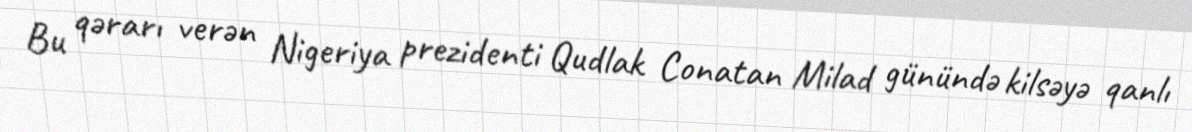
Bu qərarı verən Nigeriya prezidenti Qudlak Conatan Milad günündə kilsəyə qanlı